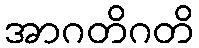
အာဂတိဂတိ